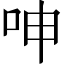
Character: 呻